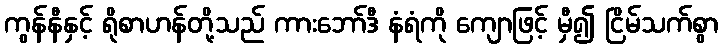
ကွန်နီနှင့် ရိုစာဟန်တို့သည် ကားဘော်ဒီ နံရံကို ကျောဖြင့် မှီ၍ ငြိမ်သက်စွာ